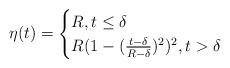
LaTeX: \begin{align*}\eta(t)=\begin{cases}R,t\leq \delta\\R(1-(\frac{t-\delta}{R-\delta})^2)^2, t> \delta\end{cases}\end{align*}